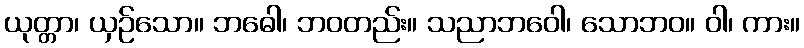
ယုတ္တာ၊ ယှဉ်သော။ ဘဓေါ၊ ဘဝတည်း။ သညာဘဝေါ၊ သောဘဝ။ ဝါ၊ ကား။